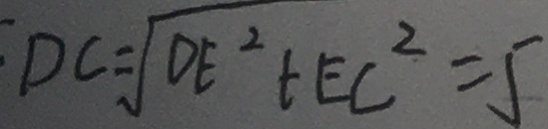
D C = \sqrt { D E ^ { 2 } } + E C ^ { 2 } = 5